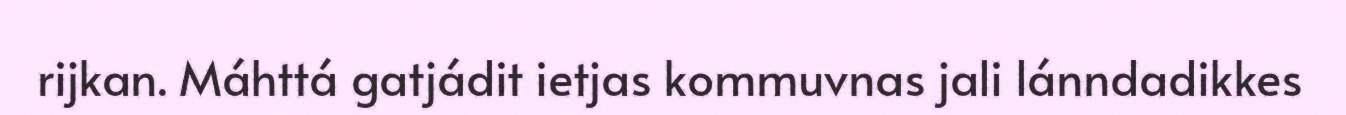
rijkan. Máhttá gatjádit ietjas kommuvnas jali lánndadikkes